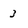
Character: 3